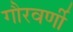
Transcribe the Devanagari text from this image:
गौरवर्णी